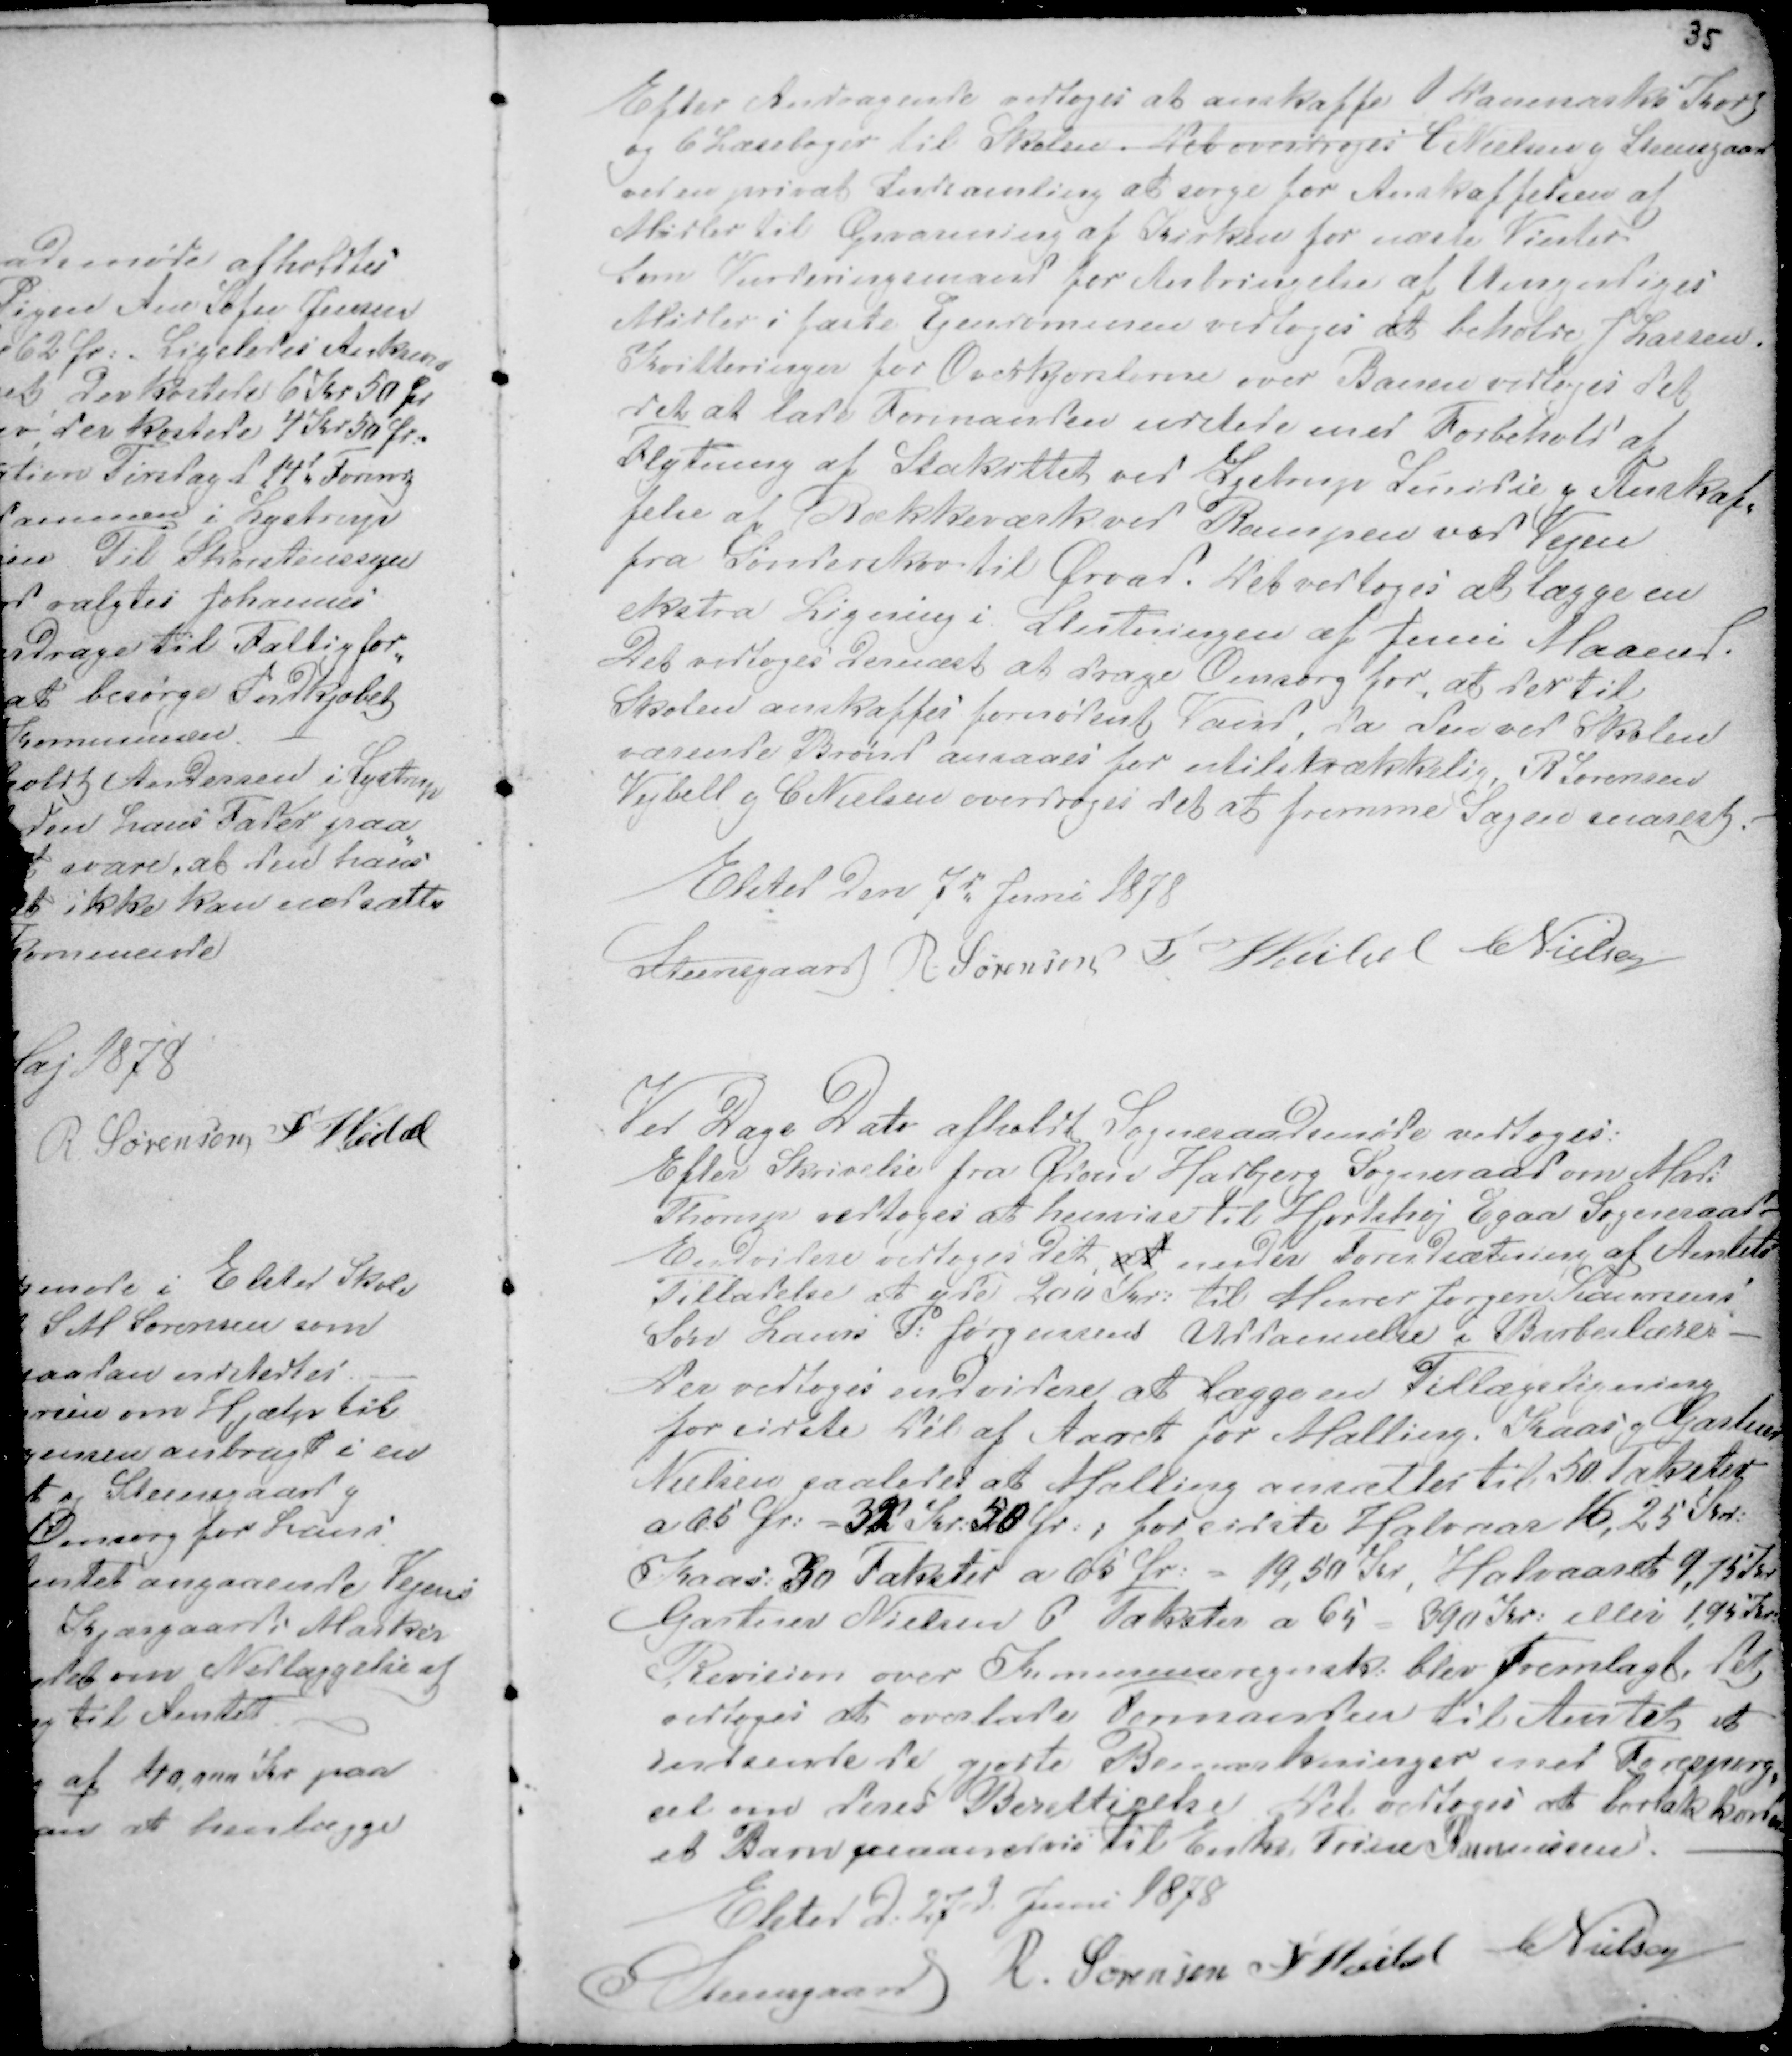
Transskription:
35

Efter Andragende vedtoges at anskaffe 1 Danmarks Kort
og 6 Læsebøger til Skolen. Det overdroges C Nielsen g Steensgaard
ved en privat Indsamling at sørge for Anskaffelsen af
Midler til Opvarmning af Kirken for næste Vinter
Som Vurderingsmand for Anbringelse af Umyndiges
Midler i faste Ejendommen vedtoges at beholde H Lassen.
Kvitteringer for Overkjørslerne over Banen vedtoges det
det at lade Formanden udstede med Forbehold af
Flytning af Stakittet ved Lystrup Smedie g Anskaf-
felse af Rækkeværk ved Rampen ved Vejen
fra Sønderskov til Ørvad. Det vedtoges at lægge en
ekstra Ligning i Slutningen af Juni Maaned.
Det vedtoges dernæst at drage Omsorg for, at der til
Skolen anskaffes fornødent Vand, da den ved Skolen
værende Brønd ansaaes for utilstrækkelig, R Sørensen
Vejbell g C Nielsen overdroges det at fremme Sagen snarest. -
Elsted den 7d Juni 1878
Steensgaard R Sørensen F Veibel C Nielsen

Ved Dags Dato afholdt Sogneraadsmøde vedtoges:
Efter Skrivelse fra Ødom Hadbjerg Sogneraad om Mads
Thorup vedtoges at henvise til Hjortshøj Egaa Sogneraad -
Endvidere vedtoges det at under Forudsætning af Amtets
Tilladelse at yde 200 Kr: til Murer Jørgen Laursens
Søn Laurs P. Jørgensens Uddannelse i Barberlære -
Der vedtoges envidere at lægge en Tillægsligning
for sidste Del af Aaret for Malling, Kaas g Gartner
Nielsen saaledes at Malling ansættes til 50 Takster
a 65 Ør: = 32 Kr: 50 Ør: ; for sidste Halvaar 16,25 Kr:
Kaas: 30 Takster a 65 Ør: = 19,50 Kr, Halvaaret 9,75 Kr
Gartner Nielsen 6 Takster a 65 = 390 Kr: eller 1,95 Kr:
Revision over Kommuneregnskab blev fremlagt, det
vedtoges at overlade Formanden til Amtet at
indsende de gjorte Bemærkninger med Forespørg-
sel om deres Berettigelse. Det vedtoges at bortakkordere
et Barn maanedsvis til Enke Trine Rasmussen. -
Elsted d: 27d Juni 1878
Steensgaard R. Sørensen F Veibel CNielsen